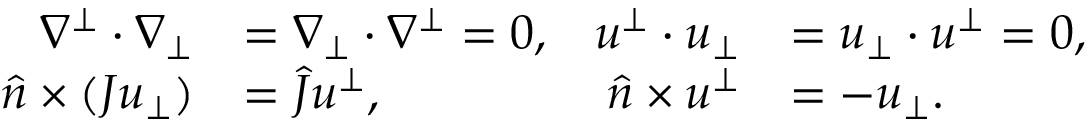
\begin{array} { r l r l } { \nabla ^ { \bot } \cdot \nabla _ { \bot } } & { = \nabla _ { \bot } \cdot \nabla ^ { \bot } = 0 , } & { u ^ { \bot } \cdot u _ { \bot } } & { = u _ { \bot } \cdot u ^ { \bot } = 0 , } \\ { \widehat { n } \times ( J u _ { \bot } ) } & { = \widehat { J } u ^ { \bot } , } & { \widehat { n } \times u ^ { \bot } } & { = - u _ { \bot } . } \end{array}